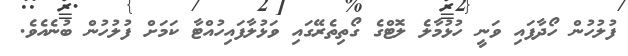
ފުލުހުން ހޯދާފައި ވަނީ ހުޅުމާލެ ލޮޓްގެ ގޯތިތެރޭގައި ވަޅުލާފައިހުއްޓާ ކަމަށް ފުލުހުން ބުނެއެވެ.